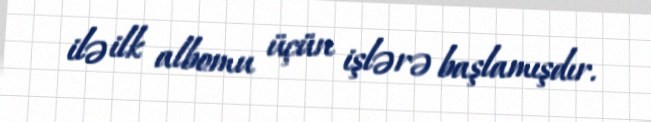
ilə ilk albomu üçün işlərə başlamışdır.